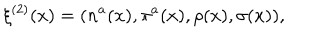
\xi ^ { ( 2 ) } ( x ) = ( n ^ { a } ( x ) , \pi ^ { a } ( x ) , \rho ( x ) , \sigma ( x ) ) ,